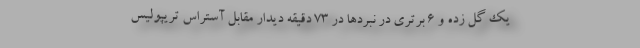
یک گل زده و 6 برتری در نبردها در 73 دقیقه دیدار مقابل آستراس تریپولیس